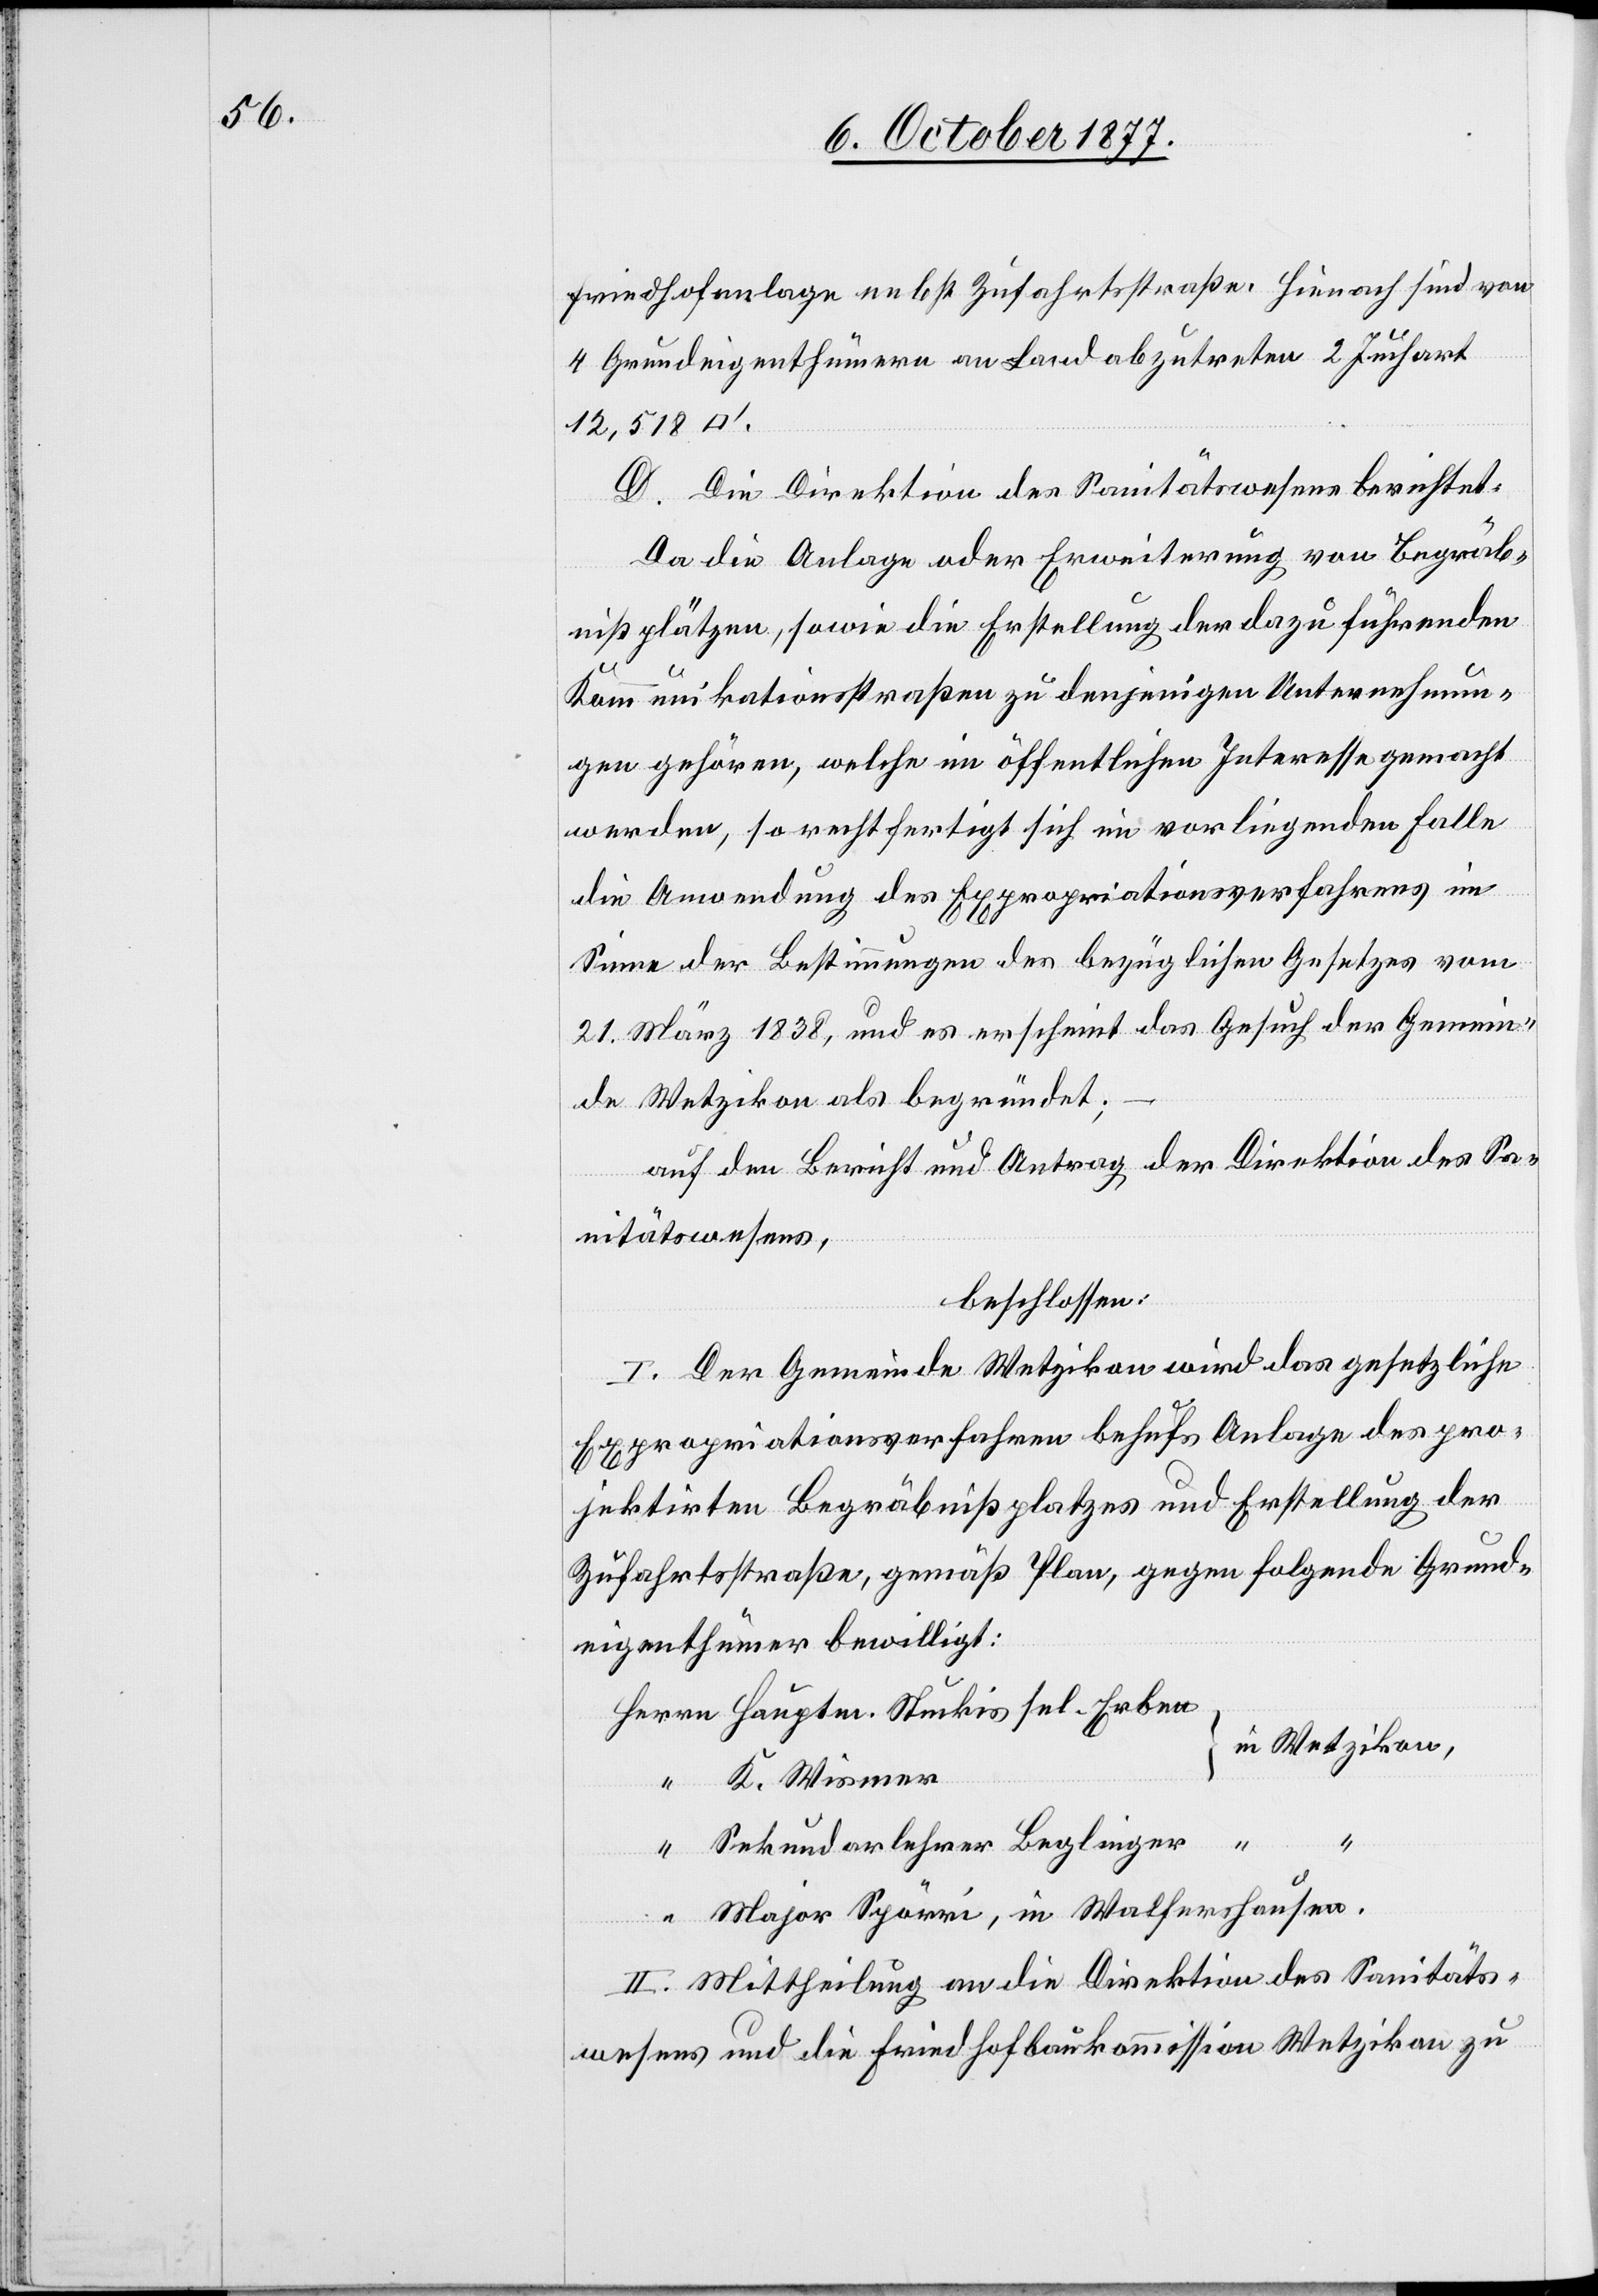
Friedhofanlage nebst Zufahrtsstraße. Hienach sind von
4 Grundeigenthümern an Land abzutreten 2 Juchart
12,518
D. Die Direktion des Sanitätswesens berichtet:
Da die Anlage oder Erweiterung von Begräb¬
nißplätzen, sowie die Erstellung der dazu führenden
Kommunikationsstraßen zu denjenigen Unternehmun¬
gen gehören, welche im öffentlichen Interesse gemacht
werden, so rechtfertigt sich im vorliegenden Falle
die Anwendung des Expropriationsverfahrens im
Sinne der Bestimmungen des bezüglichen Gesetzes vom
21. März 1838, und es erscheint das Gesuch der Gemein¬
de Wetzikon als begründet;
auf den Bericht und Antrag der Direktion des Sa¬
nitätswesens,
beschlossen:
I. Der Gemeinde Wetzikon wird das gesetzliche
Expropriationsverfahren behufs Anlage des pro¬
jektirten Begräbnißplatzes und Erstellung der
Zufahrtsstraße, gemäß Plan, gegen folgende Grund¬
eigenthümer bewilligt:
Herrn Hauptm. Stuckis sel. Erben
in Wetzikon,
“ K. Wismer
“ Sekundarlehrer Beglinger
“ Major Spörri, in Walfershausen.
II. Mittheilung an die Direktion des Sanitäts¬
wesens und die Friedhofbaukommission Wetzikon zu